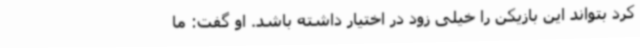
کرد بتواند این بازیکن را خیلی زود در اختیار داشته باشد. او گفت: ما